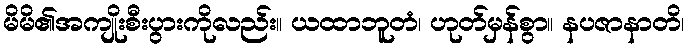
မိမိ၏အကျိုးစီးပွားကိုလည်း။ ယထာဘူတံ၊ ဟုတ်မှန်စွာ။ နပဇာနာတိ၊